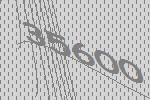
35600